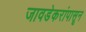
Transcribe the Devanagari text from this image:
जावडेकरांपासून